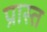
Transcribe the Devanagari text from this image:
प्रास्त